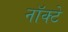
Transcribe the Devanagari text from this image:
नॉक्टे